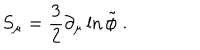
S _ { \mu } = \frac { 3 } { 2 } \partial _ { \mu } \ln { \tilde { \phi } } \; .